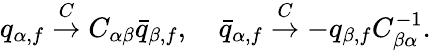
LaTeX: q_{\alpha,f}\stackrel{C}{\rightarrow}C_{\alpha\beta}\bar{q}_{\beta,f},\quad\bar{q}_{\alpha,f}\stackrel{C}{\rightarrow}-q_{\beta,f}C_{\beta\alpha}^{-1}.